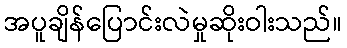
အပူချိန်ပြောင်းလဲမှုဆိုးဝါးသည်။